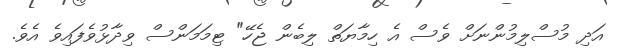
އަދި މުސްލިމުންނަށް ވެސް އެ ހިމާޔަތް ލިބެން ޖެހޭ" ޓިމަމަންސް ވިދާޅުވެފައިވެ އެވެ.